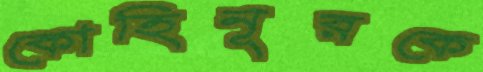
কোহিনূরকে